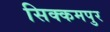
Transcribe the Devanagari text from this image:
सिक्कमपुर